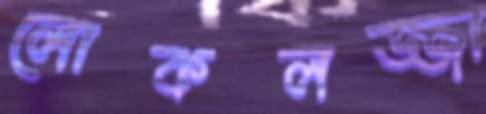
লোকলজ্জা